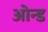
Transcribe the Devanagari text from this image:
ओन्ड